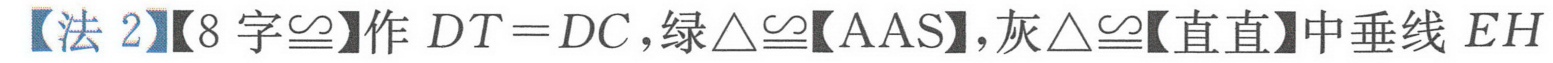
【法 2】【8 字\(\cong\)】作 \(DT = DC\)，绿\(\triangle\cong\)【AAS】，灰\(\triangle\cong\)【直直】中垂线 \(EH\)